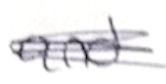
Text: and
Cross-out: scratch
Writing tool: pencil